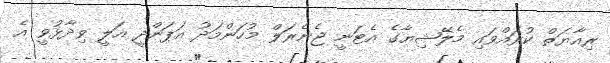
ރިއާޔަތް ކުރައްވައި މެލޭޝިޔާގެ އެޓަނީ ޖެނެރަލް މުހަންމަދު އަޕަންދީ އަލީ ވިދާޅުވީ އެ